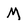
Character: M